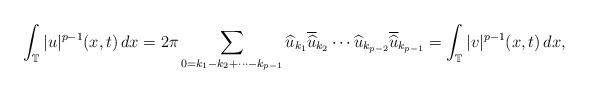
LaTeX: \begin{align*}\int_\mathbb{T}|u|^{p-1}(x,t)\,dx = 2\pi\sum_{0=k_1-k_2+\cdots -k_{p-1}}\widehat{u}_{k_1}\overline{\widehat{u}}_{k_2}\cdots\widehat{u}_{k_{p-2}}\overline{\widehat{u}}_{k_{p-1}} = \int_\mathbb{T}|v|^{p-1}(x,t)\,dx,\end{align*}